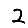
Digit: 2